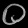
Digit: ၀